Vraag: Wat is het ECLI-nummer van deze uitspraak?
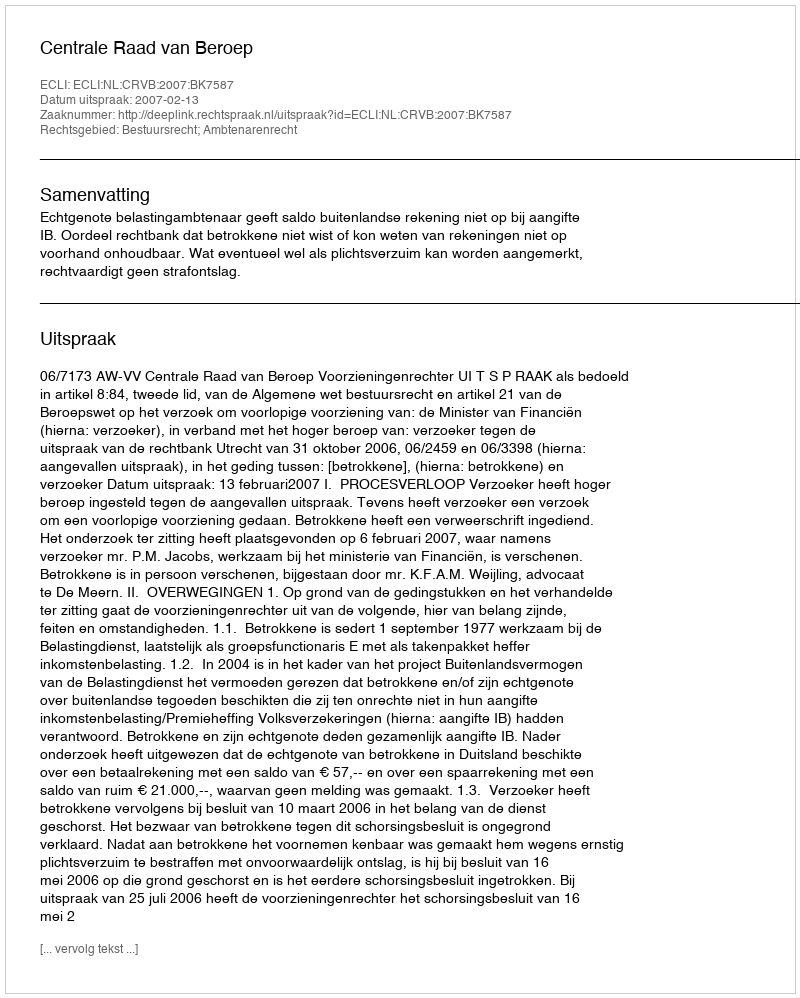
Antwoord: ECLI:NL:CRVB:2007:BK7587